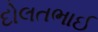
દોલતભાઈ